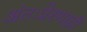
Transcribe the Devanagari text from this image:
अंतःप्रेरणाही